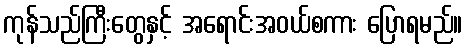
ကုန်သည်ကြီးတွေနှင့် အရောင်းအဝယ်စကား ပြောရမည်။